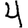
Digit: 4